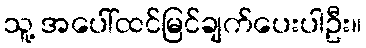
သူ့ အပေါ်ထင်မြင်ချက်ပေးပါဦး။